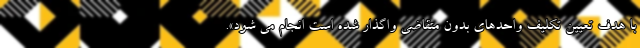
با هدف تعیین تکلیف واحدهای بدون متقاضی واگذار شده است انجام می شود».